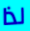
لذا